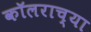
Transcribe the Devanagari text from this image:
कॉलराच्या